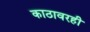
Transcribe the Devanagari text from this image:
काठावरही